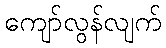
ကျော်လွန်လျက်